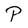
Character: P